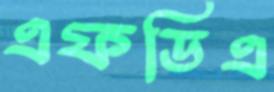
এফডিএ